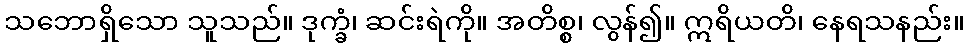
သဘောရှိသော သူသည်။ ဒုက္ခံ၊ ဆင်းရဲကို။ အတိစ္စ၊ လွန်၍။ ဣရိယတိ၊ နေရသနည်း။